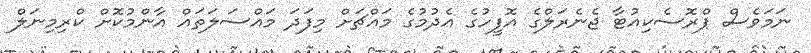
ނަމަވެސް ޕްރޮސެކިއުޓާ ޖެނެރަލްގެ އޮފީހުގެ އެދުމުގެ މައްޗަށް މިފަދަ މައްސަލަތައް އާންމުކޮށް ކްރިމިނަލް